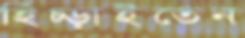
হিঁচ্‌ড়াইতেন